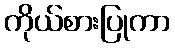
ကိုယ်စားပြုကာ